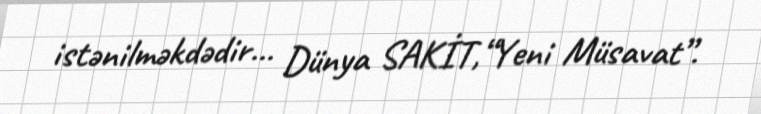
istənilməkdədir... Dünya SAKİT,“Yeni Müsavat”.